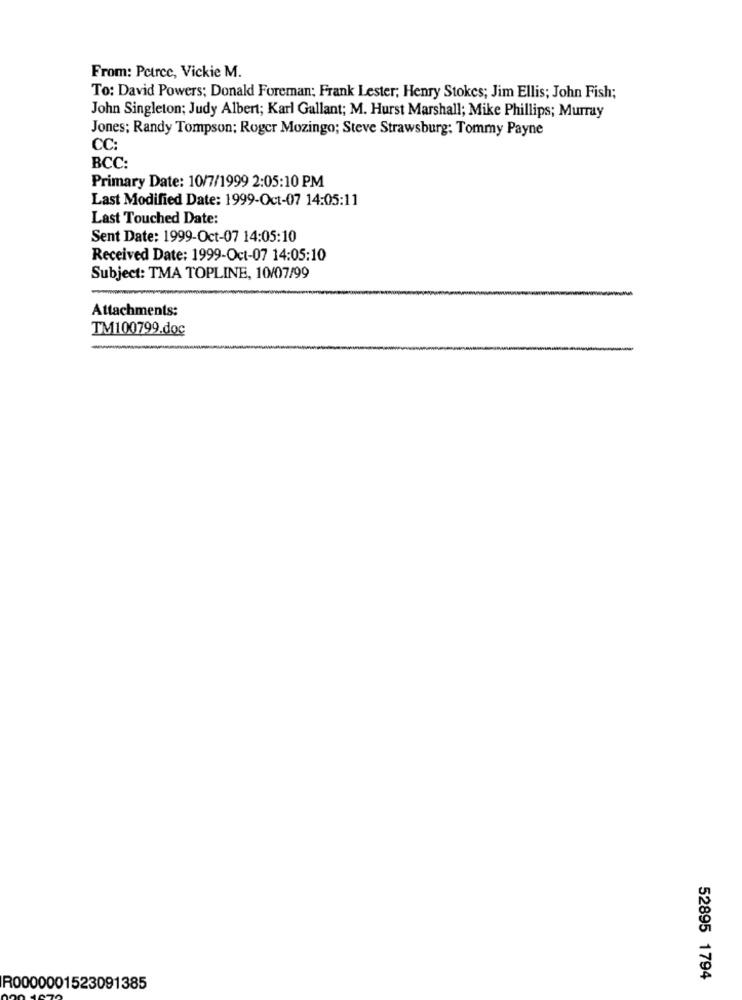
From: Pctrcc, Vickie M.
To: David Powers; Donald Foreman; Frank Lester; Henry Stokes; Jim Ellis; John Fish;
John Singleton; Judy Albert; Karl Gallant; M. Hurst Marshall; Mike Phillips; Murray
Jones: Randy Tompson: Roger Mozingo; Steve Strawsburg: Tommy Payne
CC:
BCC:
Primary Date: 10/7/1999 2:05:10 PM
Last Modified Date: 1999-Oct-07 14:05:11
Last Touched Date:
Sent Date: 1999-Oct-07 14:05:10
Received Date: 1999-Oct-07 14:05:10
Subject: TMA TOPLINE, 10/07/99
Attachments:
TM100799.doc
52895 1794
R0000001523091385